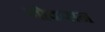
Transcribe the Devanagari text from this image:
गोकसन